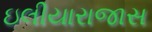
ઇલીયારાજાસ